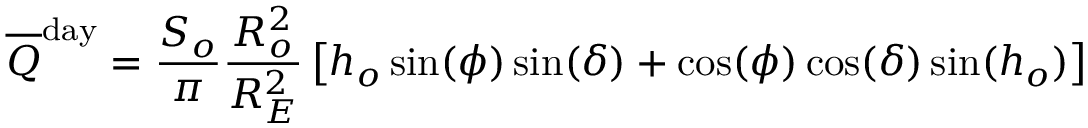
{ \overline { { Q } } } ^ { \mathrm { d a y } } = { \frac { S _ { o } } { \pi } } { \frac { R _ { o } ^ { 2 } } { R _ { E } ^ { 2 } } } \left[ h _ { o } \sin ( \phi ) \sin ( \delta ) + \cos ( \phi ) \cos ( \delta ) \sin ( h _ { o } ) \right]